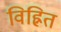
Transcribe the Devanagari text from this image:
विह्नित